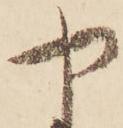
や